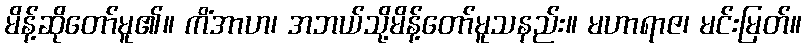
မိန့်ဆိုတော်မူ၏။ ကိံအာဟ၊ အဘယ်သို့မိန့်တော်မူသနည်း။ မဟာရာဇ၊ မင်းမြတ်။